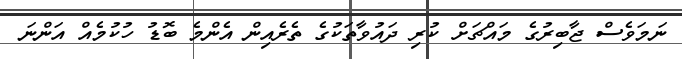
ނަމަވެސް ޖާބިރުގެ މައްޗަށް ކުރި ދައުވާތަކުގެ ތެރެއިން އެންމެ ބޮޑު ހުކުމެއް އަންނަ